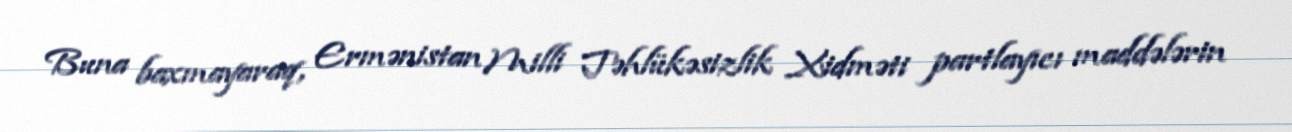
Buna baxmayaraq, Ermənistan Milli Təhlükəsizlik Xidməti partlayıcı maddələrin